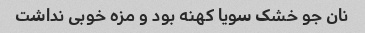
نان جو خشک سویا کهنه بود و مزه خوبی نداشت